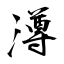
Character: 澊